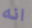
انه